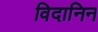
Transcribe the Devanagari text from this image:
विदानिन